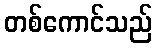
တစ်ကောင်သည်